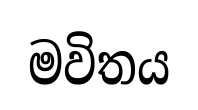
මවිතය